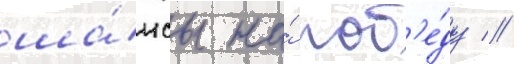
ша́нсы на́ поб'е́ду //